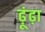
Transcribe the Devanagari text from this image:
ढ़ूंढ़ा